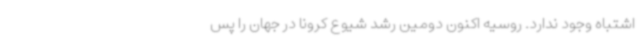
اشتباه وجود ندارد. روسیه اکنون دومین رشد شیوع کرونا در جهان را پس